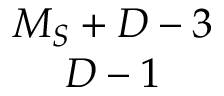
\begin{array} { c } { { M _ { S } + D - 3 } } \\ { { D - 1 } } \end{array}